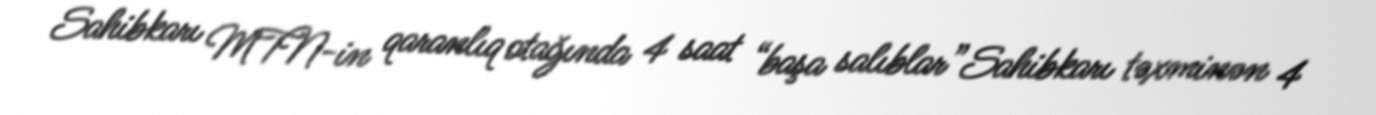
Sahibkarı MTN-in qaranlıq otağında 4 saat “başa salıblar”Sahibkarı təxminən 4